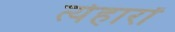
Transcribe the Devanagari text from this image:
त्येहारों